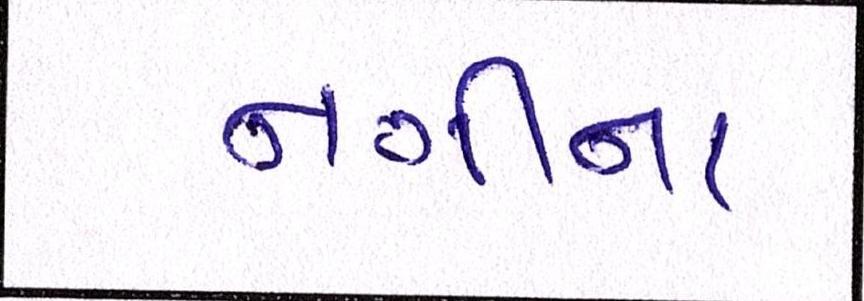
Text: નગીના